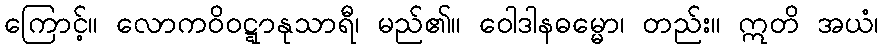
ကြောင့်။ လောကဝိဝဋ္ဋာနုသာရီ၊ မည်၏။ ဝေါဒါနဓမ္မော၊ တည်း။ ဣတိ အယံ၊